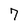
Character: 7